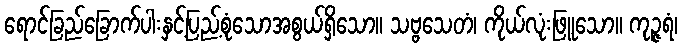
ရောင်ခြည်ခြောက်ပါးနှင့်ပြည့်စုံသောအစွယ်ရှိသော။ သဗ္ဗသေတံ၊ ကိုယ်လုံးဖြူသော။ ကုဉ္ဇရံ၊